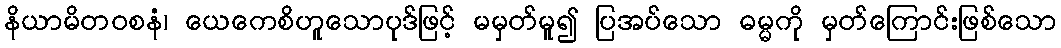
နိယာမိတဝစနံ၊ ယေကေစိဟူသောပုဒ်ဖြင့် မမှတ်မူ၍ ပြအပ်သော ဓမ္မကို မှတ်ကြောင်းဖြစ်သော